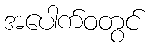
အပေါက်ဝတွင်